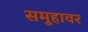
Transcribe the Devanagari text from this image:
समूहावर